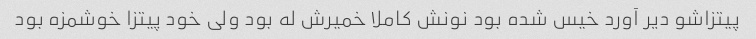
پیتزاشو دیر آورد خیس شده بود نونش کاملا خمیرش له بود ولی خود پیتزا خوشمزه بود